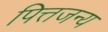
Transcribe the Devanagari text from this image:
पित्तजन्य